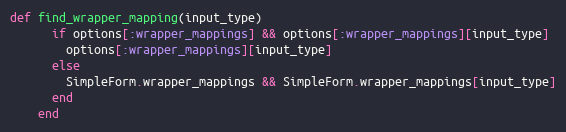
Language: Ruby
def find_wrapper_mapping(input_type)
      if options[:wrapper_mappings] && options[:wrapper_mappings][input_type]
        options[:wrapper_mappings][input_type]
      else
        SimpleForm.wrapper_mappings && SimpleForm.wrapper_mappings[input_type]
      end
    end